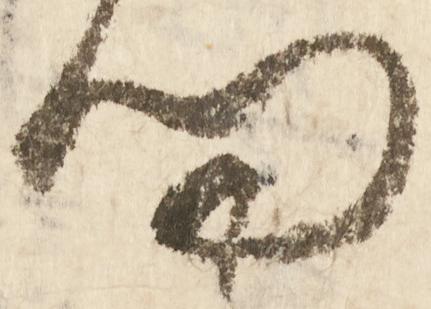
問